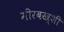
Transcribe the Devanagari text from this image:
मीरबख्शी